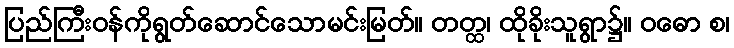
ပြည်ကြီးဝန်ကိုရွတ်ဆောင်သောမင်းမြတ်။ တတ္ထ၊ ထိုခိုးသူရွာ၌။ ဝဓော စ၊